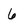
Character: 6